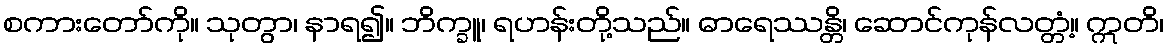
စကားတော်ကို။ သုတွာ၊ နာရ၍။ ဘိက္ခူ၊ ရဟန်းတို့သည်။ ဓာရေဿန္တိ၊ ဆောင်ကုန်လတ္တံ့။ ဣတိ၊